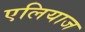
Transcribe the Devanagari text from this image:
एलियाज